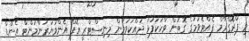
މި ޕްރޮގްރާމް ފެއްޓެވުމުގެ ގޮތުން ވާހަކަފުޅު ދައްކަވަމުން މިނިސްޓްރީ އޮފް އެންވަޔަރަންމަންޓް އެންޑް